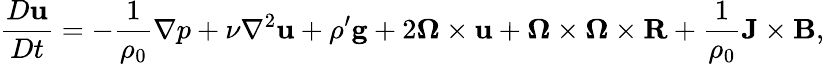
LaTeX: {\frac{D\mathbf{u}}{Dt}}=-{\frac{1}{\rho_{0}}}\nabla p+\nu\nabla^{2}\mathbf{u}+\rho^{\prime}\mathbf{g}+2\mathbf{\Omega}\times\mathbf{u}+\mathbf{\Omega}\times\mathbf{\Omega}\times\mathbf{R}+{\frac{1}{\rho_{0}}}\mathbf{J}\times\mathbf{B},